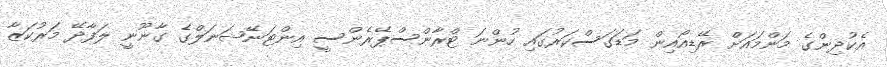
އެކުދިންގެ މަންމައަށް ރޭޑިއޯއިން މަޑަގަސްކަރުގައި ހުންނަ ޓްރާންސްޕޭރެންސީ އިންޓަނޭޝަނަލްގެ ގާނޫނީ ލަފާދޭ މަރުކަޒާ